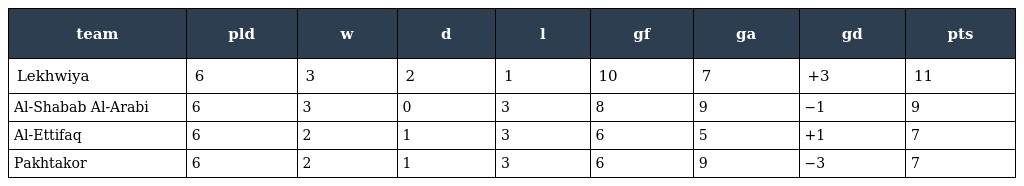
| team | pld | w | d | l | gf | ga | gd | pts |
 | --- | --- | --- | --- | --- | --- | --- | --- | --- |
 | Lekhwiya | 6 | 3 | 2 | 1 | 10 | 7 | +3 | 11 |
 | Al-Shabab Al-Arabi | 6 | 3 | 0 | 3 | 8 | 9 | −1 | 9 |
 | Al-Ettifaq | 6 | 2 | 1 | 3 | 6 | 5 | +1 | 7 |
 | Pakhtakor | 6 | 2 | 1 | 3 | 6 | 9 | −3 | 7 |